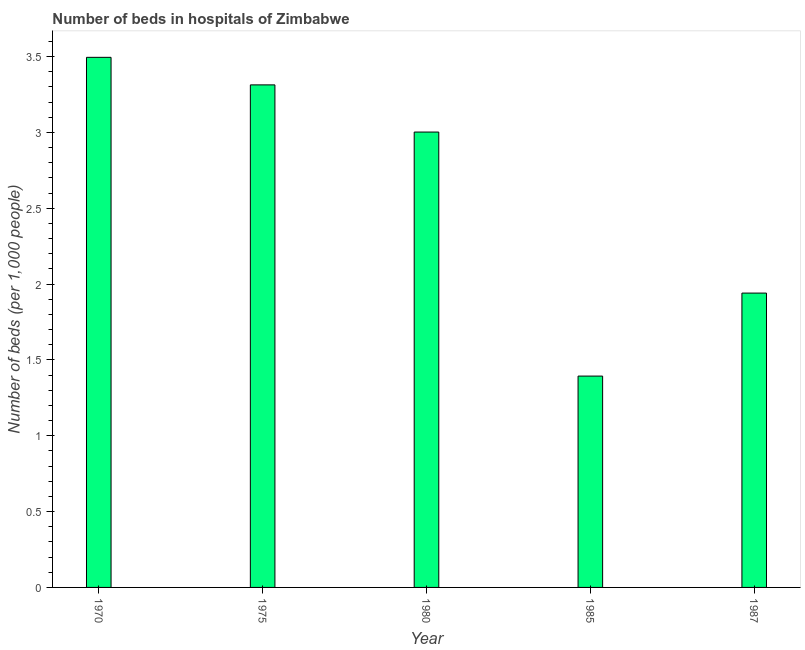
| Year | Hospital beds |
 | --- | --- |
 | 1970 | 3.5 |
 | 1975 | 3.31 |
 | 1980 | 3 |
 | 1985 | 1.39 |
 | 1987 | 1.94 |